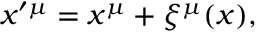
x ^ { \prime \mu } = x ^ { \mu } + \xi ^ { \mu } ( x ) ,